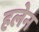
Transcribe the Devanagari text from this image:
हलेन